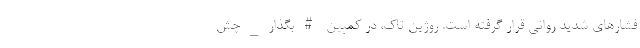
فشار‌های شدید روانی قرار گرفته است. روژین تاک، در کمپین #بگذار_چش